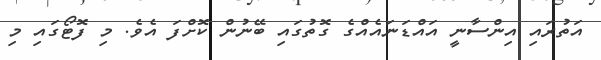
އަތުރައި އިންސާނީ އައްޑަނައެއްގެ ގޮތުގައި ބޭނުން ކޮށްފަ އެވެ. މި ފޮޓޯގައި މި